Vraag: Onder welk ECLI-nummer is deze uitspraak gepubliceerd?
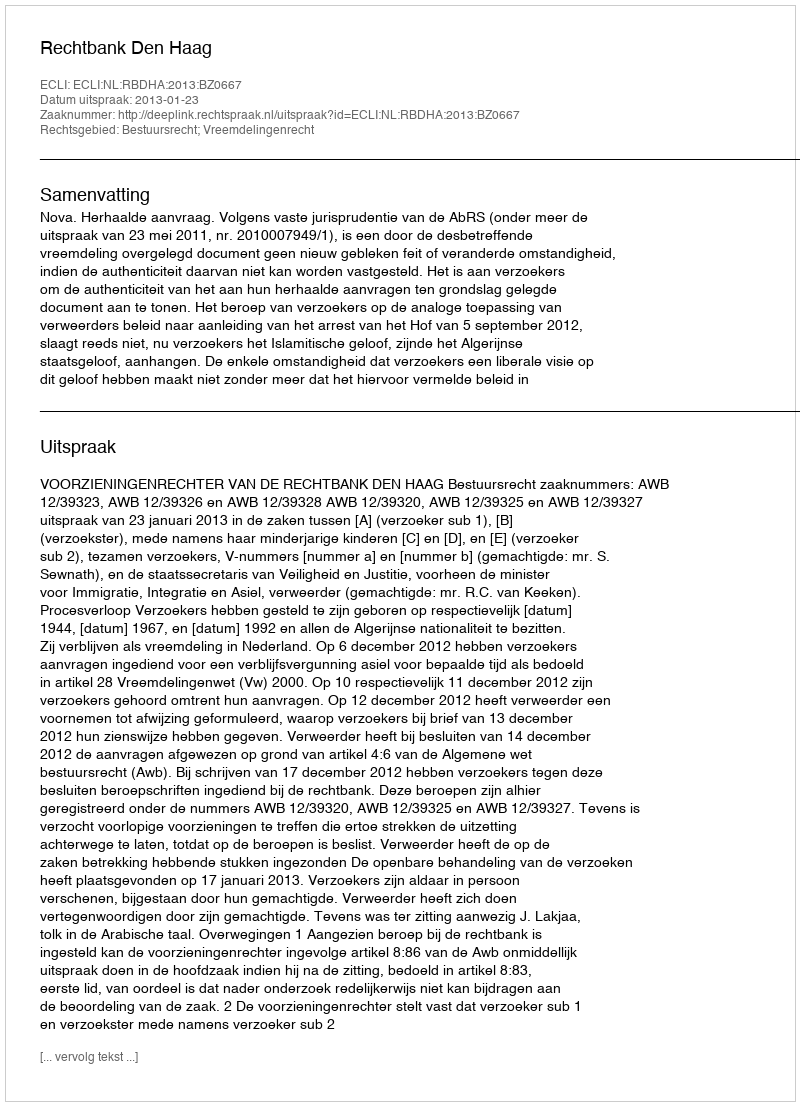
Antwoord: ECLI:NL:RBDHA:2013:BZ0667